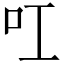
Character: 叿